Tezpur Lunatic Asylum reports 1877-1894 - 1877-1894
Year: 1877
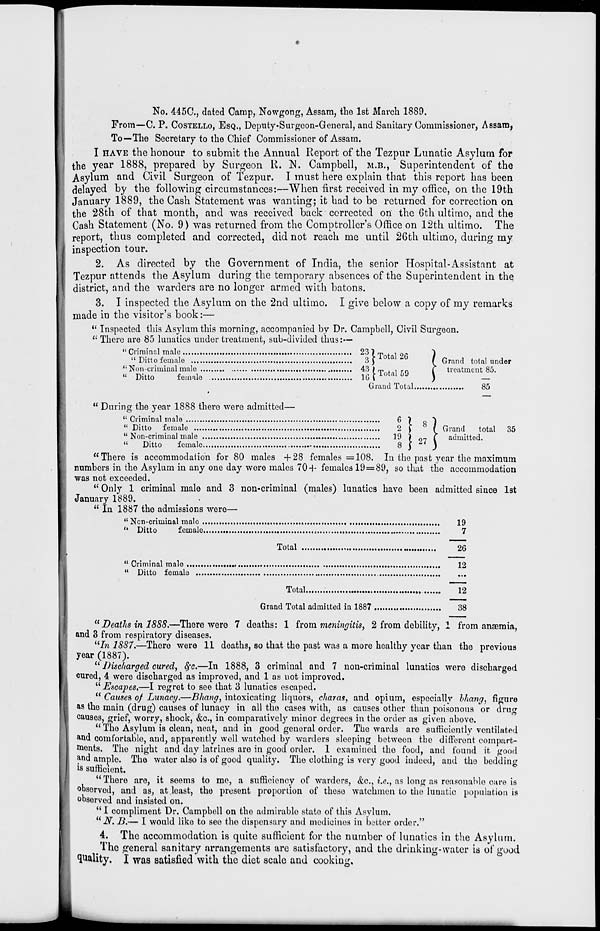
No. 445C, dated Camp, Nowgong, Assam, the 1st March 1889.
From—C. P. COSTELLO, ESQ., Deputy-Surgeon-General, and Sanitary Commissioner, Assam,
To—The Secretary to tho Chief Commissioner of Assam.
I HAVE the honour to submit the Annual Report of the Tezpur Lunatic Asylum for
the year 1888, prepared by Surgeon R. IS. Campbell, M.B., Superintendent of the
Asylum and Civil Surgeon of Tezpur. I must here explain that this report has been
delayed by the following circumstances:—When first received in my office, on the 19th
January 1889, the Cash Statement was wanting; it had to be returned for correction on
the 28th of that month, and was received back corrected on the 6th ultimo, and the
Cash Statement (No. 9) was returned from the Comptroller's Office on 12th ultimo. The
report, thus completed and corrected, did not reach me until 26th ultimo, during my
inspection tour.
2. As directed by the Government of India, the senior Hospital-Assistant at
Tezpur attends the Asylum during the temporary absences of the Superintendent in the
district, and the warders are no longer armed with batons.
3. I inspected the Asylum on the 2nd ultimo. I give below a copy of my remarks
made in the visitor's book:—
" Inspected this Asylum this morning, accompanied by Dr. Campbell, Civil Surgeon.
" There are 85 lunatics under treatment, sub-divided thus:—
"Criminal male
23") T fl 9P
")
"Dittofemale
3 J 10l(U M
(Grand total under
'• Non criminal male
43)™. - ro
( treatment 85.
« Ditto
female
10 \ iotal jy
)
—
Grand Total
85
" During the year 1888 there were admitted—
" Criminal male
6 7 ,, ~)
" Ditto female
2 | M Grand total 35
" Non-criminal male
19 ) 07 ( admitted.
"
Ditto
female
8 J z< )
"There is accommodation for 80 males +28 females =108. In the past year the maximum
numbers in the Asylum in any one day were males 70 4* females 19 = 89, so that the accommodation
was not exceeded.
" Only 1 criminal malo and 3 non-criminal (males) lunatics havo been admitted since 1st
January 1889.
" In 1887 the admissions were—
" Ncn-criminal male
19
'• Ditto
female
7
Total
26
" Criminal male
,
12
" Ditto female
Total
12
Grand Total admitted in 1887
38
II Deaths in 18S8.—There were 7 deaths: 1 horn meningitis, 2 from debility, 1 from ansemia,
and 3 from respiratory diseases.
"In 1887.—There were 11 deaths, so that the past was a more healthy year than the previous
year (1887).
" Discharged cured, fyc.—In 1888, 3 criminal and 7 non-criminal lunatics were discharged
cured, 4 were discharged as improved, and 1 as not improved.
"Escapes*—I regret to see that 3 lunatics escaped.
" Causes of Lunacy.—Bhang, intoxicating liquors, charas, and opium, especially bhang, figure
as the main (drug) causes of lunacy in all tho cases with, as causes other than poisonous or drug
causos, grief, worry, shock, &c, in comparatively minor degrees in the order as given above.
" The Asylum is clean, neat, and in good genoral order. The wards are sufficiently ventilated
and comfortable, and, apparently well watched by warders sleeping between the different compart-
ments. Tho night and day latrines are in good order. 1 examined tho food, and found it good
and ample. The water also is of good quality. The clothing is very good indeed, and tho bodding
is sufficient.
" There are, it seems to me, a sufficiency of warders, &c, i.e., as long as reasonable care is
observed, and as, at least, the present proportion of those watchmen to the lunatic population is
observed and insisted on.
M I compliment Dr. Campbell on the admirablo state of this Asylum.
" N. B.— I would like to see the dispensary and medicines in better order."
4. The accommodation is quite sufficient for the number of lunatics in the Asylum.
The creneral sanitary arrangements are satisfactory, and the drinking-water is of good
quality. I was satisfied with the diet scale and cooking.